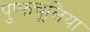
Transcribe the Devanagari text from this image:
पुप्फचूलिया